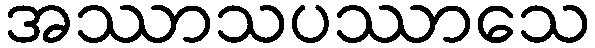
အဿာသပဿာသေ